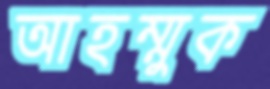
আহম্মুক